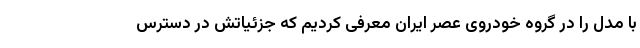
با مدل را در گروه خودروی عصر ایران معرفی کردیم که جزئیاتش در دسترس